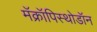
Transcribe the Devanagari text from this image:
मॅक्रॉपिस्थोडॉन